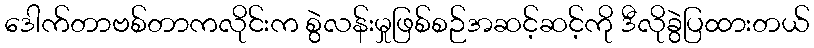
ဒေါက်တာဗစ်တာကလိုင်းက စွဲလန်းမှုဖြစ်စဉ်အဆင့်ဆင့်ကို ဒီလိုခွဲပြထားတယ်